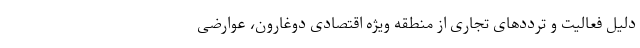
دلیل فعالیت و ترددهای تجاری از منطقه ویژه اقتصادی دوغارون، عوارضی